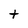
Character: t